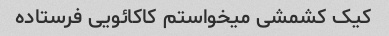
کیک کشمشی میخواستم کاکائویی فرستاده